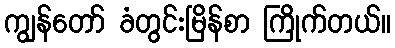
ကျွန်တော် ခံတွင်းမြိန်စာ ကြိုက်တယ်။